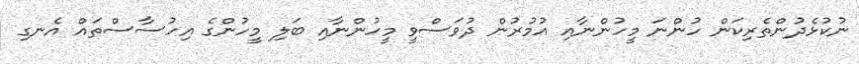
ނުކުޅެދުންތެރިކަން ހުންނަ މީހުންނާއި އުމުރުން ދުވަސްވީ މީހުންނާއި ބަލި މީހުންގެ އިހުސާސްތައް އެނގި